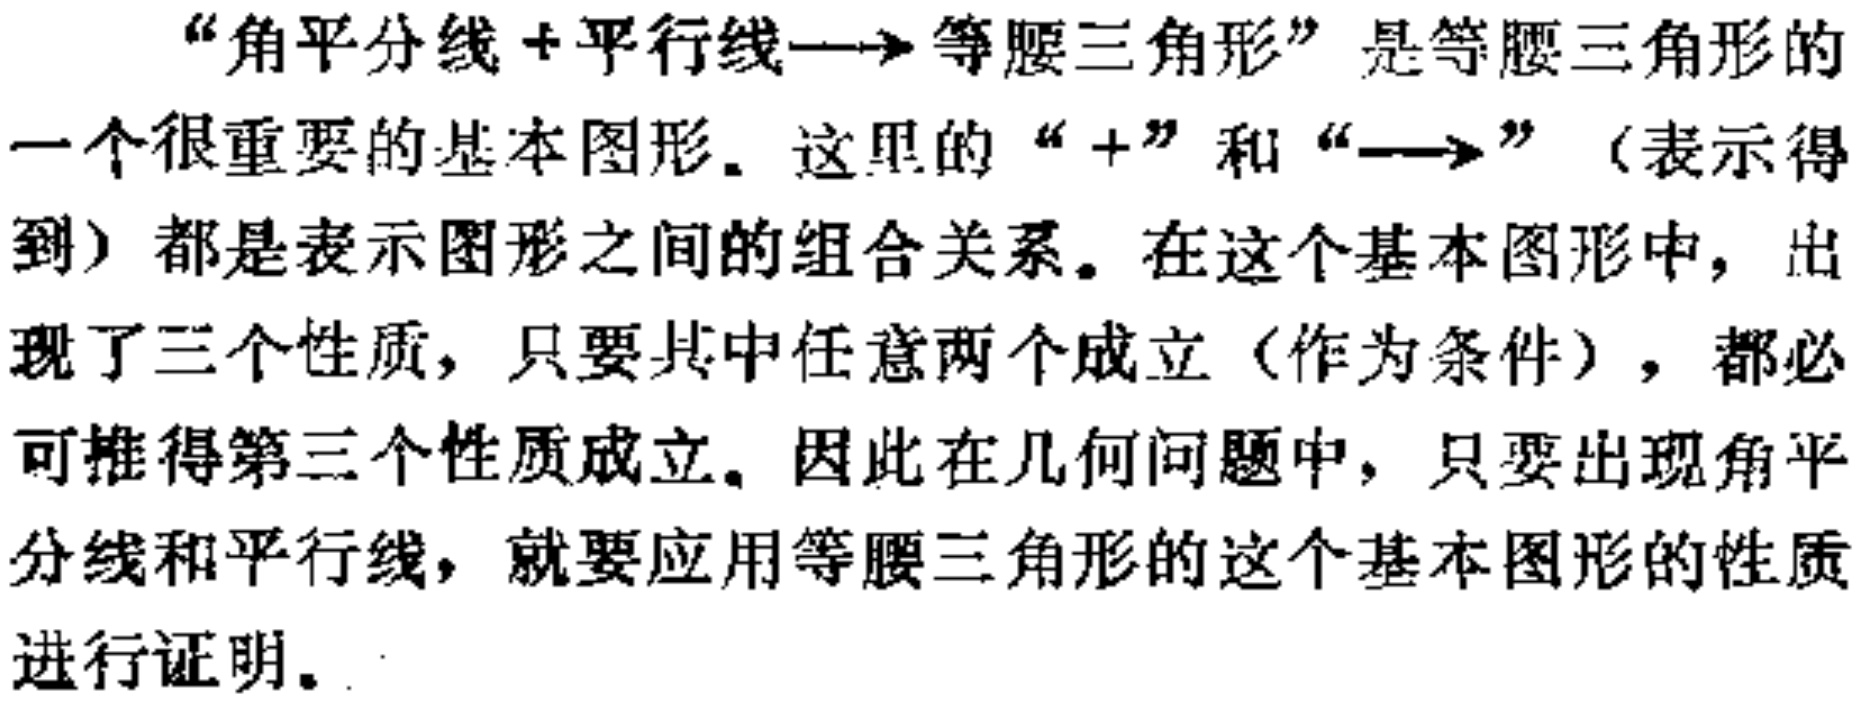
“角平分线+平行线\(\longrightarrow\)等腰三角形”是等腰三角形的一个很重要的基本图形。这里的“\(+\)”和“\(\longrightarrow\)”（表示得到）都是表示图形之间的组合关系。在这个基本图形中，出现了三个性质，只要其中任意两个成立（作为条件），都必可推得第三个性质成立。因此在几何问题中，只要出现角平分线和平行线，就要应用等腰三角形的这个基本图形的性质进行证明。